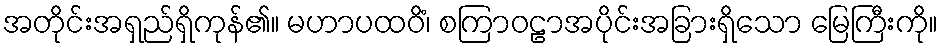
အတိုင်းအရှည်ရှိကုန်၏။ မဟာပထဝိံ၊ စကြာဝဠာအပိုင်းအခြားရှိသော မြေကြီးကို။